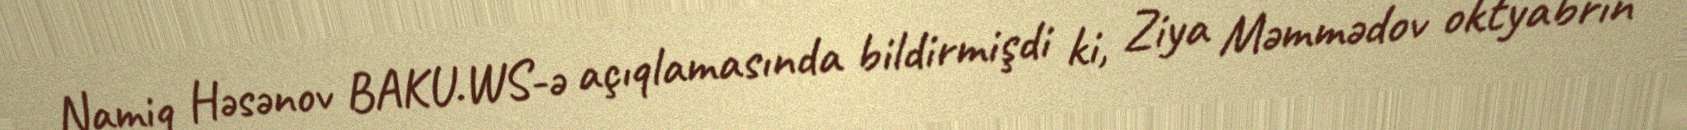
Namiq Həsənov BAKU.WS-ə açıqlamasında bildirmişdi ki, Ziya Məmmədov oktyabrın